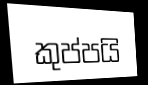
කුප්පයි